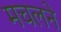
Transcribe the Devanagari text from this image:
मचलने